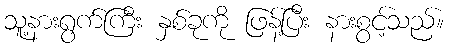
သူ့နားရွက်ကြီး နှစ်ခုကို ဖြန့်ပြီး နားစွင့်သည်။